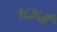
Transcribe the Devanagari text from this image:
१८३५ई